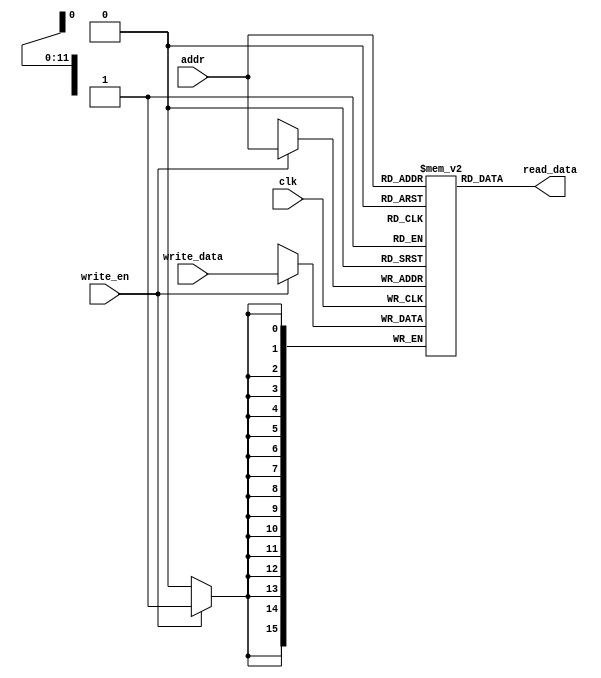
module memory(
  input wire clk,
  input wire write_en,
  input wire [15:0] write_data,
  input wire [11:0] addr,
  output reg [15:0] read_data
);

reg [15:0] mem[0:4095];

always @(*) begin
  read_data <= mem[addr];
end

always @(posedge clk) begin
  if (write_en) begin
    mem[addr] <= write_data;
  end
end

endmodule